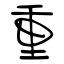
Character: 重